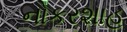
નોકરશાહ